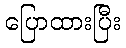
ပြောထားပြီး